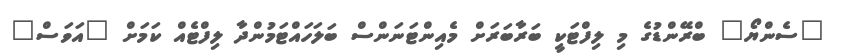
"ސެންޔޯ" ބްރޭންޑުގެ މި ލިފްޓަކީ ބަރާބަރަށް މެއިންޓަނަންސް ބަލަހައްޓަމުންދާ ލިފްޓެއް ކަމަށް "އަވަސް"